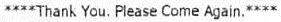
****THANK YOU, PLEASE COME AGAIN.****